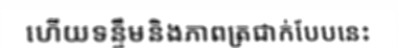
ហើយទន្ទឹមនិងភាពត្រជាក់បែបនេះ